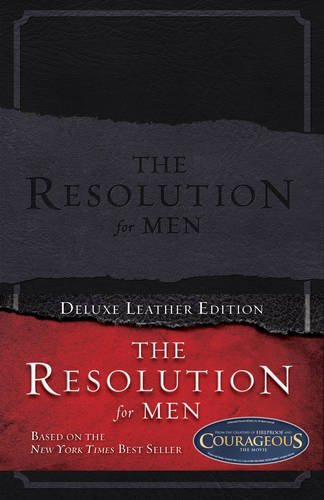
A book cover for The Resolution for Men, LeatherTouch; Stephen Kendrick; Christian Books & Bibles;